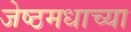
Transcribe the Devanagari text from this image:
जेष्ठमधाच्या